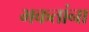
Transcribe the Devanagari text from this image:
भकतांना